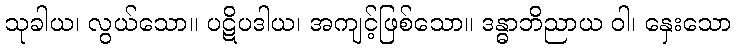
သုခါယ၊ လွယ်သော။ ပဋိပဒါယ၊ အကျင့်ဖြစ်သော။ ဒန္ဓာဘိညာယ ဝါ၊ နှေးသော